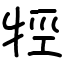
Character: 牼